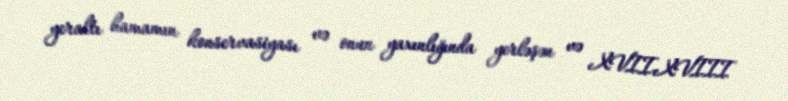
yeraltı hamamın konservasiyası və onun yaxınlığında yerləşən və XVII-XVIII